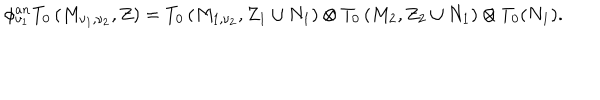
LaTeX: \phi _ { \nu _ { 1 } } ^ { a n } T _ { 0 } \left( M _ { \nu _ { 1 } , \nu _ { 2 } } , Z \right) = T _ { 0 } \left( M _ { 1 , \nu _ { 2 } } , Z _ { 1 } \cup N _ { 1 } \right) \otimes T _ { 0 } \left( M _ { 2 } , Z _ { 2 } \cup N _ { 1 } \right) \otimes T _ { 0 } ( N _ { 1 } ) .